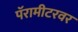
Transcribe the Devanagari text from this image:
पॅरामीटरवर